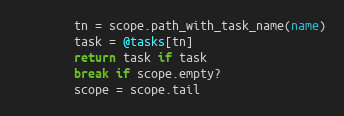
Language: Ruby
        tn = scope.path_with_task_name(name)
        task = @tasks[tn]
        return task if task
        break if scope.empty?
        scope = scope.tail